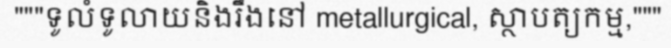
"""ទូលំទូលាយនិងរឹងនៅ metallurgical, ស្ថាបត្យកម្ម,"""